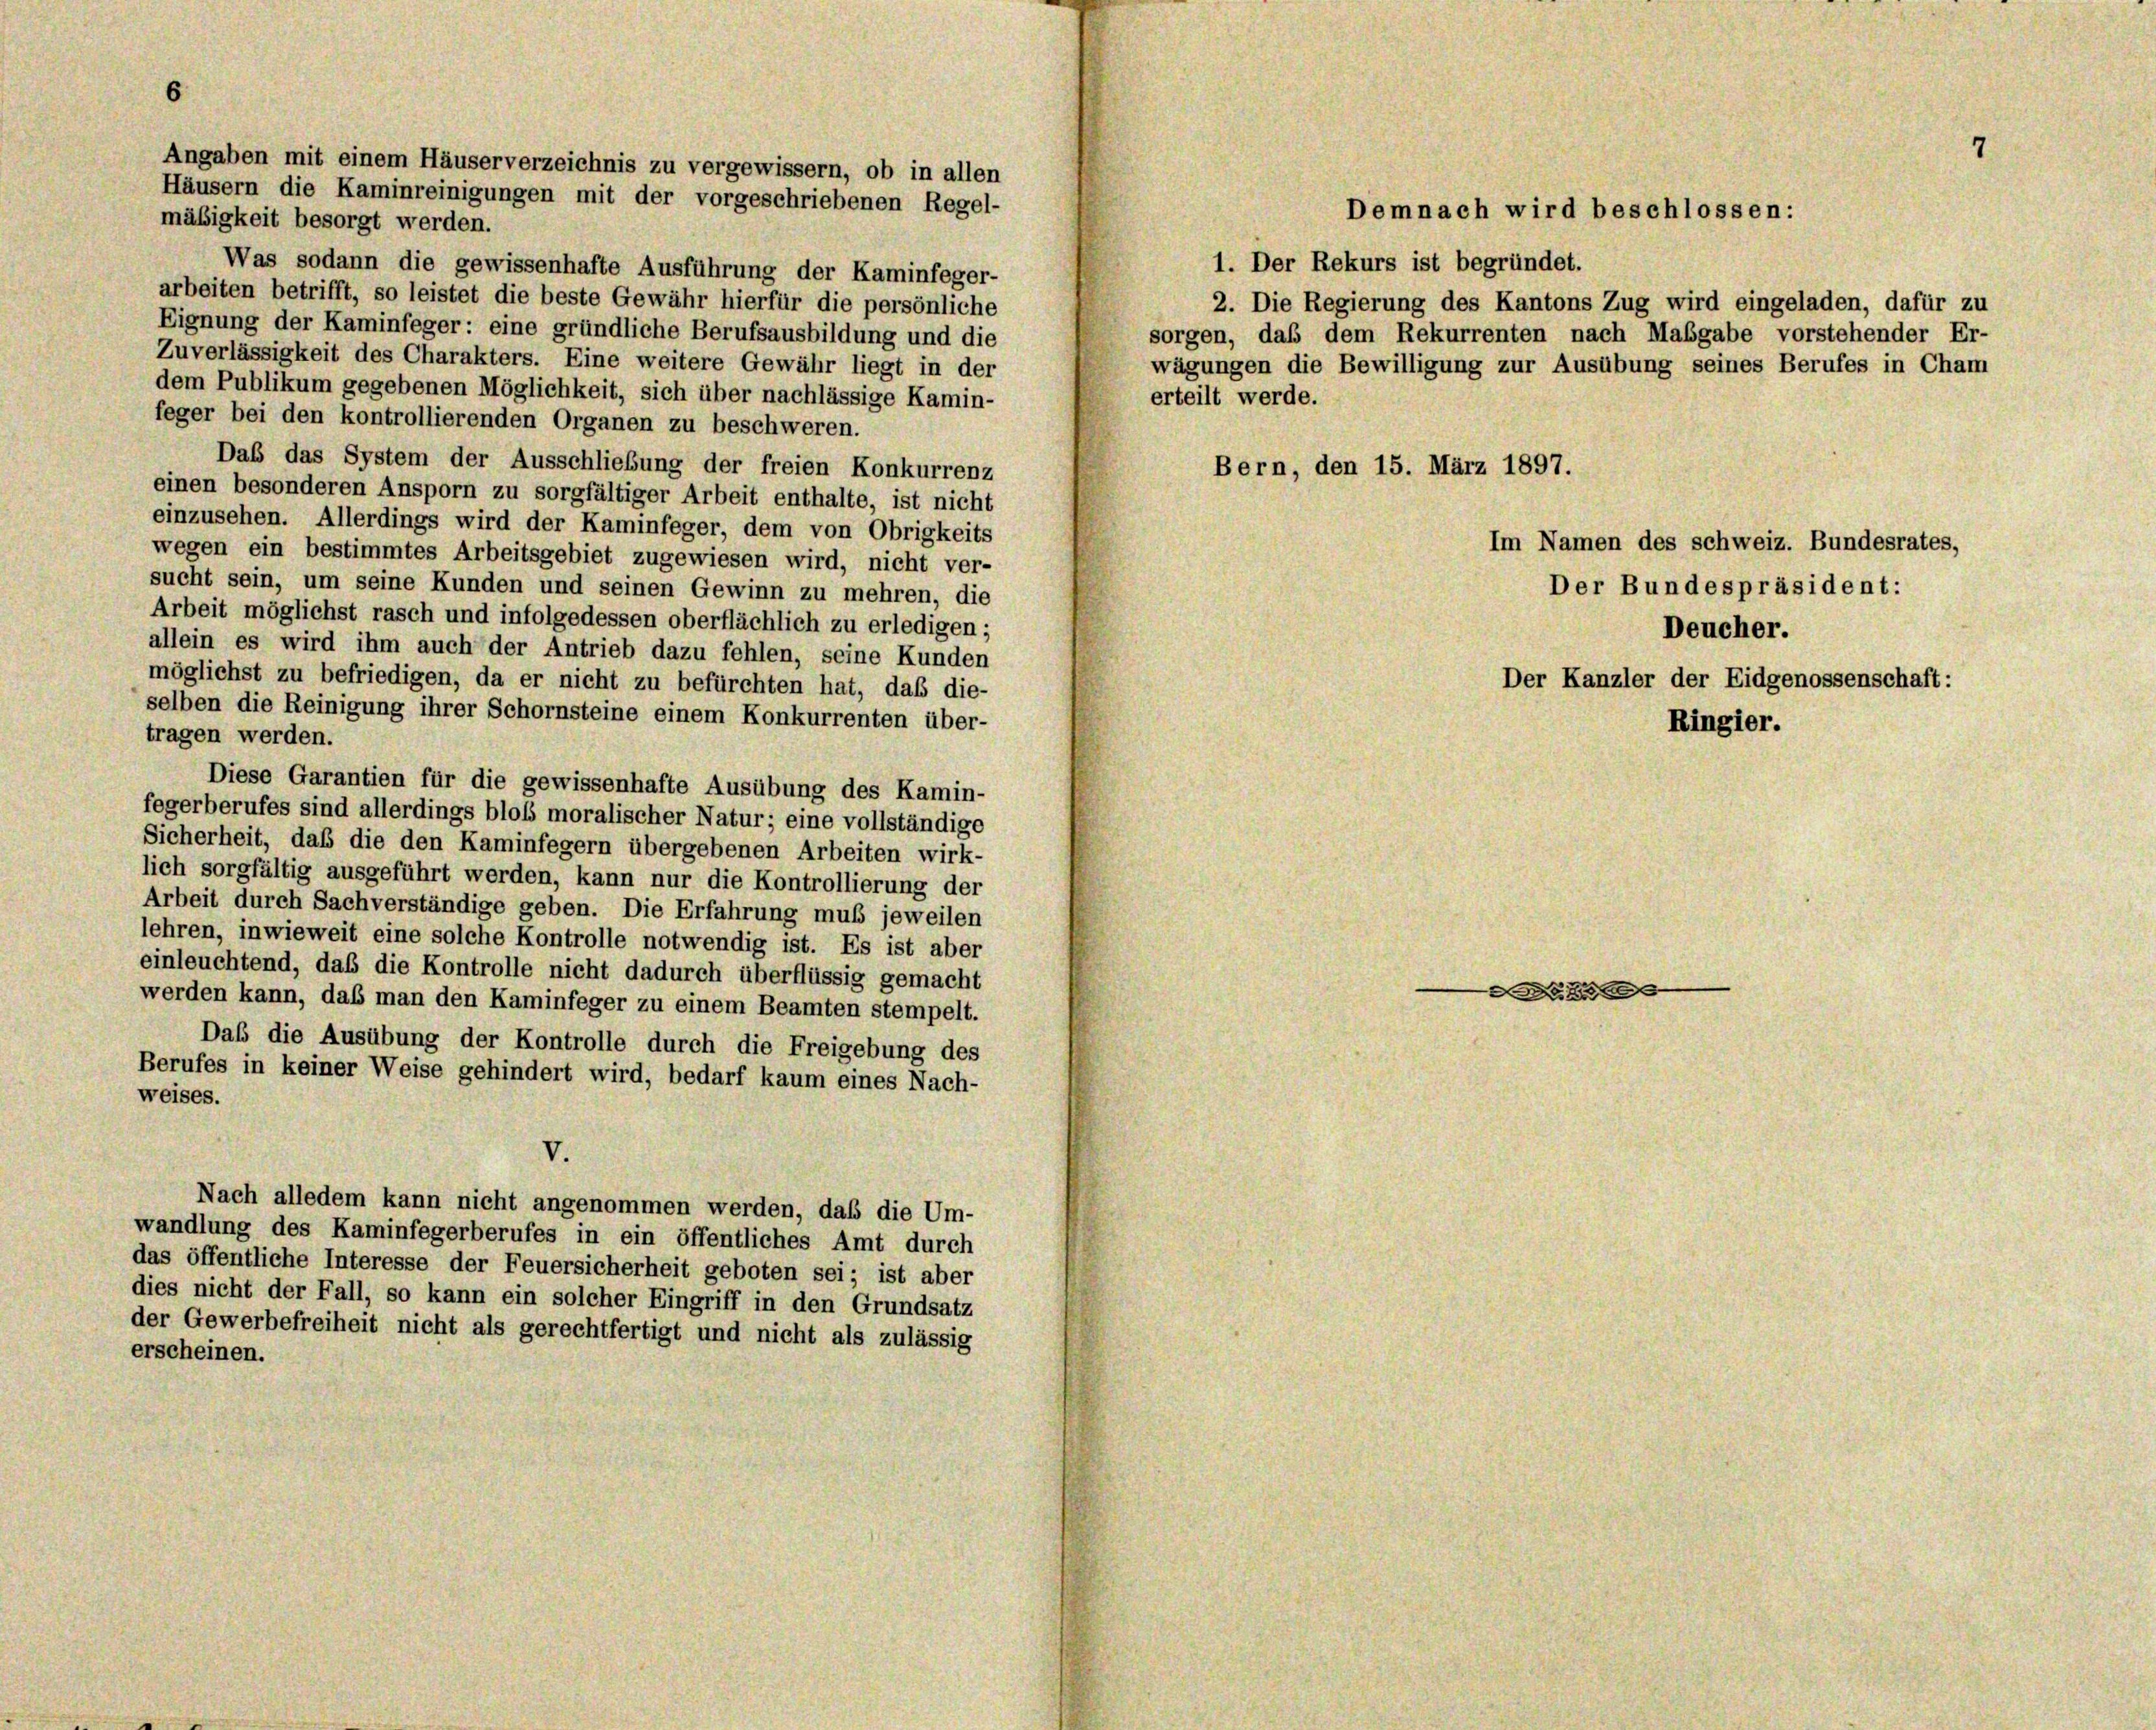
6
mäßigkeit besorgt werden.
1. Der Rekurs ist begründet.
Was sodann die gewissenhafte Ausführung der Kaminfeger-
arbeiten betrifft, so leistet die beste Gewähr hierfür die persönliche
2. Die Regierung des Kantons Zug wird eingeladen, dafür zu
Eignung der Kaminfeger: eine gründliche Berufsausbildung und die
sorgen, daß dem Rekurrenten nach Maßgabe vorstehender Er-
Zuverlässigkeit des Charakters. Eine weitere Gewähr liegt in der
wägungen die Bewilligung zur Ausübung seines Berufes in Cham
dem Publikum gegebenen Möglichkeit, sich über nachlässige Kamin-
erteilt werde.
feger bei den kontrollierenden Organen zu beschweren.
Daß das System der Ausschließung der freien Konkurrenz
Bern, den 15. März 1897.
einen besonderen Ansporn zu sorgfältiger Arbeit enthalte, ist nicht
einzusehen. Allerdings wird der Kaminfeger, dem von Obrigkeits
wegen ein bestimmtes Arbeitsgebiet zugewiesen wird, nicht ver-
sucht sein, um seine Kunden und seinen Gewinn zu mehren, die
Arbeit möglichst rasch und infolgedessen oberflächlich zu erledigen;
allein es wird ihm auch der Antrieb dazu fehlen, seine Kunden
möglichst zu befriedigen, da er nicht zu befürchten hat, daß die-
selben die Reinigung ihrer Schornsteine einem Konkurrenten über-
tragen werden.
Diese Garantien für die gewissenhafte Ausübung des Kamin-
fegerberufes sind allerdings bloß moralischer Natur; eine vollständige
Sicherheit, daß die den Kaminfegern übergebenen Arbeiten wirk-
lich sorgfältig ausgeführt werden, kann nur die Kontrollierung der
Arbeit durch Sachverständige geben. Die Erfahrung muß jeweilen
lehren, inwieweit eine solche Kontrolle notwendig ist. Es ist aber
einleuchtend, das die Kontrolle nicht dadurch überflüssig gemacht

werden kann, daß man den Kaminfeger zu einem Beamten stempelt.
Daß die Ausübung der Kontrolle durch die Freigebung des
Berufes in keiner Weise gehindert wird, bedarf kaum eines Nach-
weises.
V.
Nach alledem kann nicht angenommen werden, daß die Um-
wandlung des Kaminfegerberufes in ein öffentliches Amt durch
das öffentliche Interesse der Feuersicherheit geboten sei; ist aber
dies nicht der Fall, so kann ein solcher Eingriff in den Grundsatz
der Gewerbefreiheit nicht als gerechtfertigt und nicht als zulässig
erscheinen.

Angaben mit einem Häuserverzeichnis zu vergewissern, ob in allen
Häusern die Kaminreinigungen mit der vorgeschriebenen Regel-

Demnach wird beschlossen:

Im Namen des schweiz. Bundesrates,

Deucher.
Der Kanzler der Eidgenossenschaft:
Ringier.

Der Bundespräsident:

7